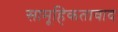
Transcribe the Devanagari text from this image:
सामूहिकतावाद